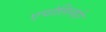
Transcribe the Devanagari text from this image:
एपोलिनारे